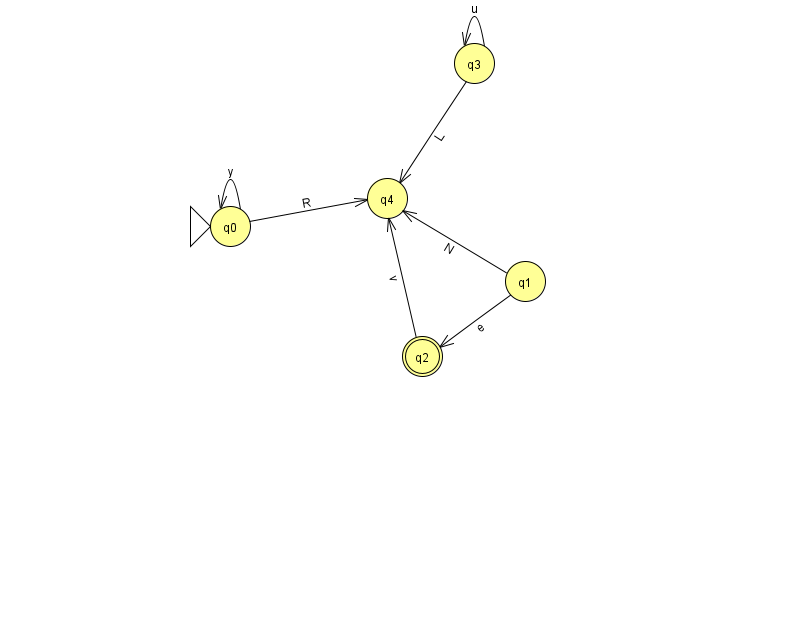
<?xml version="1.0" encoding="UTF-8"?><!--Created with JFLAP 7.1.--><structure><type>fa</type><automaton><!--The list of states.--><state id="0" name="q0"><x>230.0</x><y>213.0</y><initial/></state><state id="1" name="q1"><x>525.0</x><y>268.0</y></state><state id="2" name="q2"><x>422.0</x><y>343.0</y><final/></state><state id="3" name="q3"><x>474.0</x><y>50.0</y></state><state id="4" name="q4"><x>387.0</x><y>185.0</y></state><!--The list of transitions.--><transition><from>2</from><to>4</to><read>v</read></transition><transition><from>3</from><to>4</to><read>L</read></transition><transition><from>3</from><to>3</to><read>u</read></transition><transition><from>1</from><to>2</to><read>e</read></transition><transition><from>0</from><to>0</to><read>y</read></transition><transition><from>1</from><to>4</to><read>N</read></transition><transition><from>0</from><to>4</to><read>R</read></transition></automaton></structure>